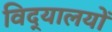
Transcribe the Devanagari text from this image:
विद्‌यालयों